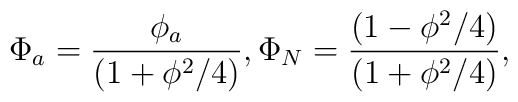
\Phi_{a} = \frac{{ \phi_{a}}}{( 1+  \phi^{2} /4  ) } , \Phi_{N} = \frac{{( 1-   \phi^{2} /4  )}}{ (1+   \phi^{2} /4 ) } ,